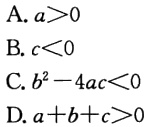
A. \(a > 0\)
B. \(c < 0\)
C. \(b^{2}-4ac < 0\)
D. \(a + b + c>0\)